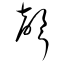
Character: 聲